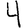
Digit: 4